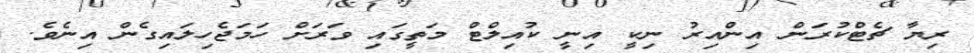
ރިޔާ ޗެޓްކުރަން އިންއިރު ނިކީ އިނީ ކުއިލްޓް މަތީގައި ވަރަށް ހަމަޖެހިލައިގެން އިނެވެ.